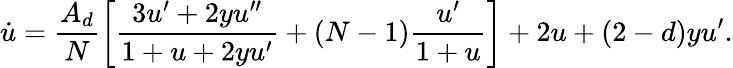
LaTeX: \dot{u}=\frac{A_{d}}{N}\left[\frac{3u^{\prime}+2yu^{\prime\prime}}{1+u+2yu^{\prime}}+(N-1)\frac{u^{\prime}}{1+u}\right]+2u+(2-d)yu^{\prime}.